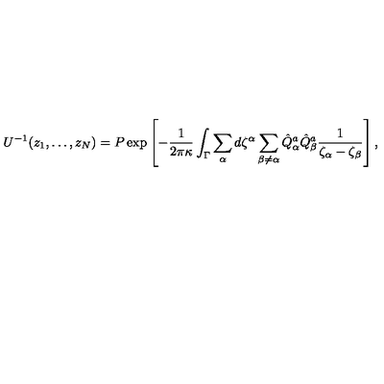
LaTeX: U ^ { - 1 } ( z _ { 1 } , \dots , z _ { N } ) = P \exp \left[ - { \frac { 1 } { 2 \pi \kappa } } \int _ { \Gamma } \sum _ { \alpha } d \zeta ^ { \alpha } \sum _ { \beta \not = \alpha } \hat { Q } _ { \alpha } ^ { a } \hat { Q } _ { \beta } ^ { a } { \frac { 1 } { \zeta _ { \alpha } - \zeta _ { \beta } } } \right] ,